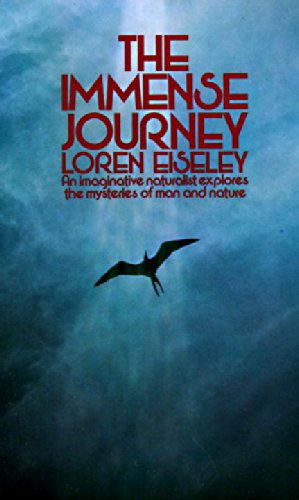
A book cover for The Immense Journey: An Imaginative Naturalist Explores the Mysteries of Man and Nature; Loren Eiseley; Science & Math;